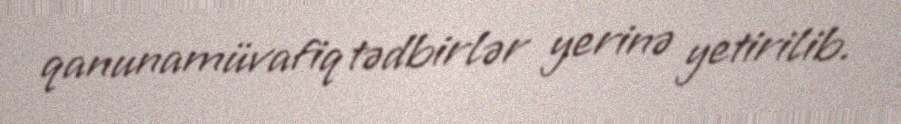
qanunamüvafiq tədbirlər yerinə yetirilib.